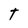
Character: t